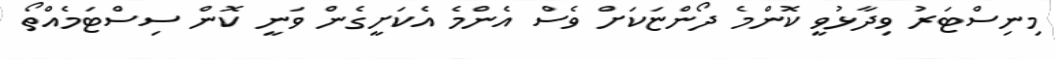
މިނިސްޓަރު ވިދާޅުވީ ކޮންމެ ދޯންޏަކަށް ވެސް އެންމެ އެކަށީގެން ވަނީ ކޮން ސިސްޓަމެއްތޯ